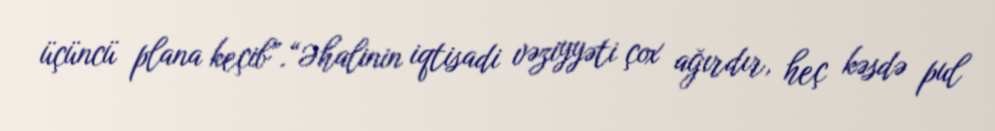
üçüncü plana keçib”.“Əhalinin iqtisadi vəziyyəti çox ağırdır, heç kəsdə pul